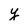
Character: y